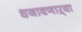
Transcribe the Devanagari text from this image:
धजावणाऱ्या